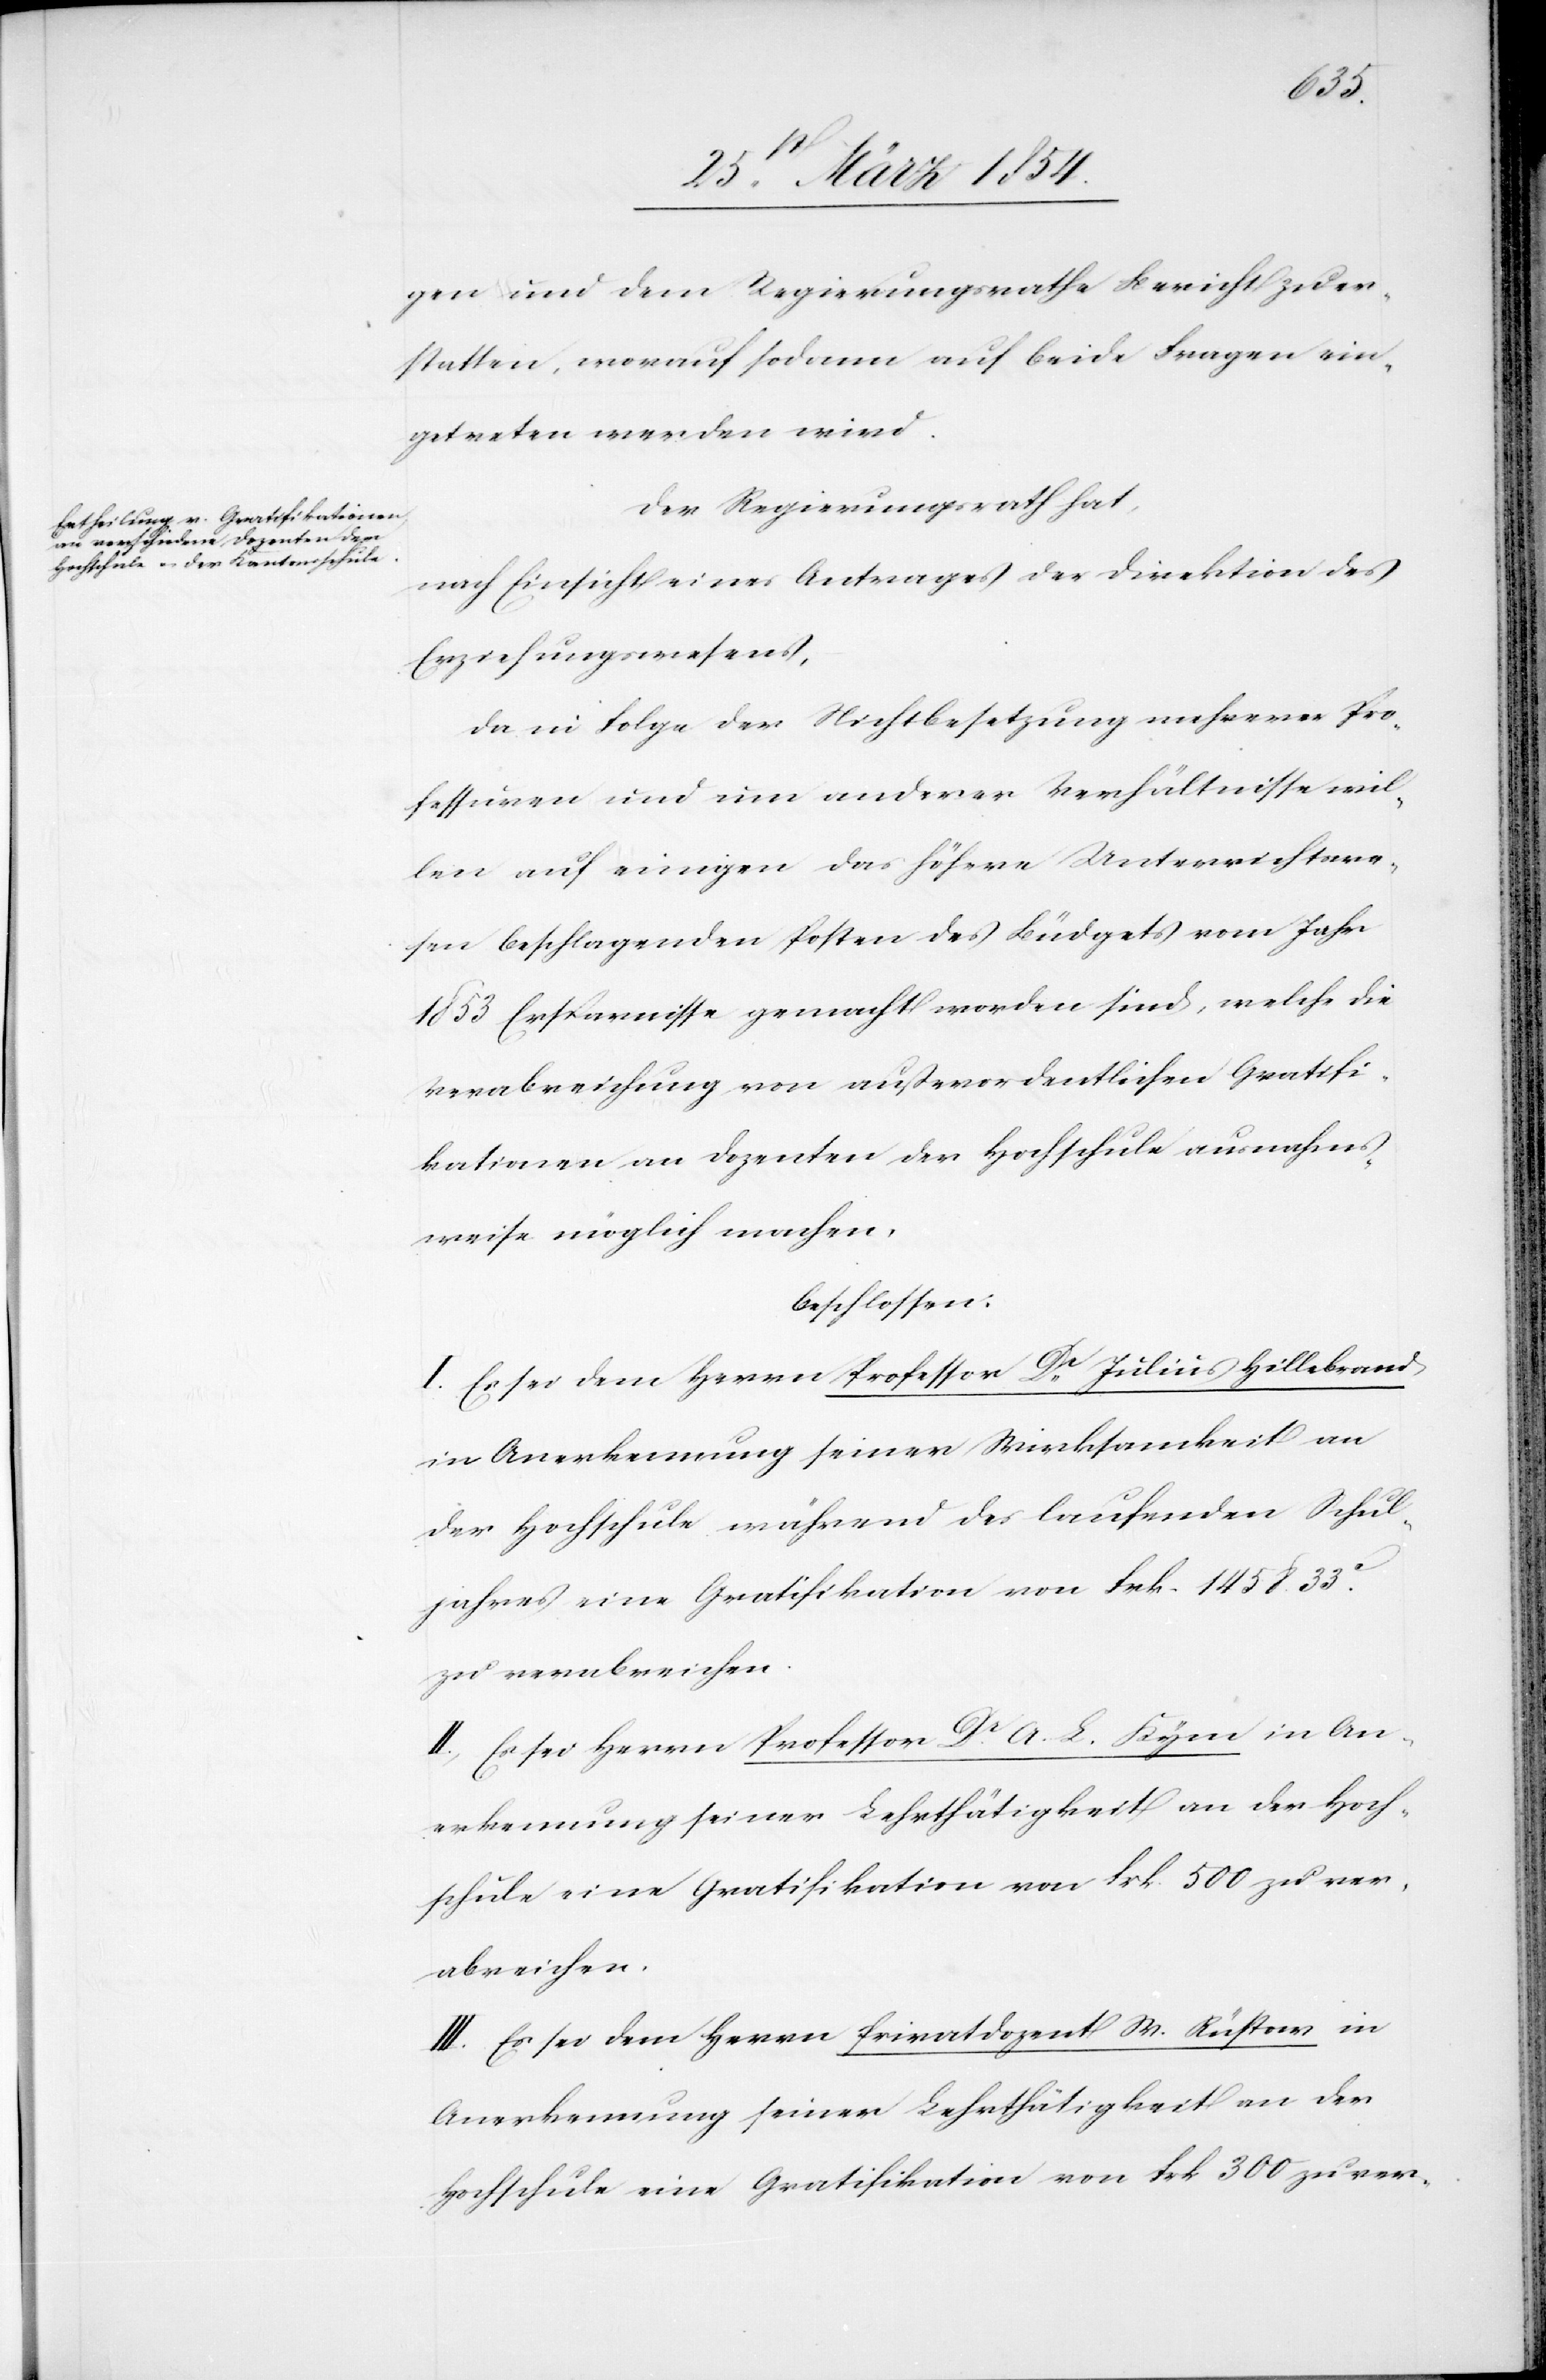
gen und dem Regierungsrathe Bericht zu er¬
statten, worauf sodann auf beide Fragen ein¬
getreten werden wird.
Der Regierungsrath hat,
nach Einsicht eines Antrages der Direktion des
Erziehungswesens,
da in Folge der Nichtbesetzung mehrerer Pro¬
fessuren und um anderer Verhältnisse wil¬
len auf einigen das höhere Unterrichtswe¬
sen beschlagenden Posten des Büdgets vom Jahr
1853 Ersparnisse gemacht worden sind, welche die
Verabreichung von außerordentlichen Gratifi¬
kationen an Dozenten der Hochschule ausnahms¬
weise möglich machen,
beschlossen:
I. Es sei dem Herrn Professor Dr Julius Hillebrand
in Anerkennung seiner Wirksamkeit an
der Hochschule während des laufenden Schul¬
jahres eine Gratifikation von Frk. 1458.33c
zu verabreichen.
II. Es sei Herrn Professor Dr A. L. Kym in An¬
erkennung seiner Lehrthätigkeit an der Hoch¬
schule eine Gratifikation von Frk. 500 zu ver¬
abreichen.
III. Es sei dem Herrn Privatdozent W. Rüstow in
Anerkennung seiner Lehrthätigkeit an der
Hochschule eine Gratifikation von Frk 300 zu ver-